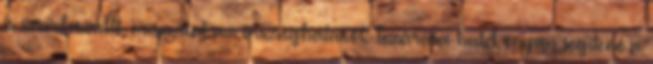
is szembeszállt, miszerint az országhatárok lezárása hatékonyan segítené a